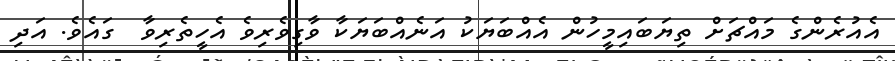
އެއުރެންގެ މައްޗަށް ތިޔަބައިމީހުން އެއްބަޔަކު އަނެއްބަޔަކާ ވާގިވެރިވެ އެހީތެރިވާ  ގައެވެ. އަދި